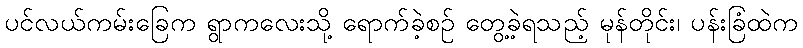
ပင်လယ်ကမ်းခြေက ရွာကလေးသို့ ရောက်ခဲ့စဉ် တွေ့ခဲ့ရသည့် မုန်တိုင်း၊ ပန်းခြံထဲက